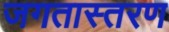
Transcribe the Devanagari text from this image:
जगतास्तरण